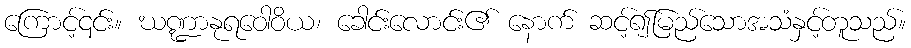
ကြောင့်၎င်း။ ဃဏ္ဍာနုရဝေါဝိယ၊ ခေါင်းလောင်း၏ နောက် ဆင့်၍မြည်သောအသံနှင့်တူသည်။